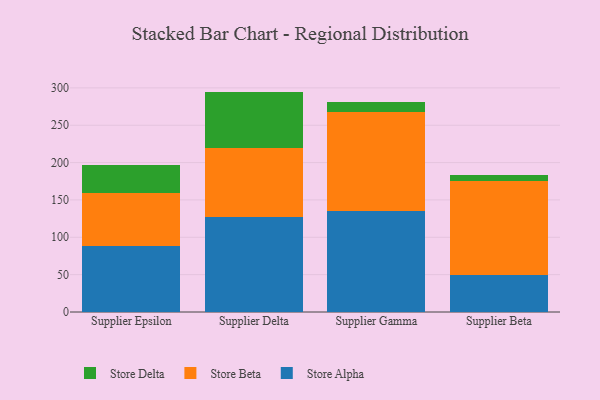
{"axis": {"x": "Supplier", "y": "Budget (USD K)"}, "legend": ["Store Alpha", "Store Beta", "Store Delta"], "data": [{"x": "Supplier Epsilon", "y": 88.1, "type": "Store Alpha"}, {"x": "Supplier Epsilon", "y": 70.6, "type": "Store Beta"}, {"x": "Supplier Epsilon", "y": 37.5, "type": "Store Delta"}, {"x": "Supplier Delta", "y": 127.2, "type": "Store Alpha"}, {"x": "Supplier Delta", "y": 92.2, "type": "Store Beta"}, {"x": "Supplier Delta", "y": 75.6, "type": "Store Delta"}, {"x": "Supplier Gamma", "y": 135.0, "type": "Store Alpha"}, {"x": "Supplier Gamma", "y": 132.3, "type": "Store Beta"}, {"x": "Supplier Gamma", "y": 13.2, "type": "Store Delta"}, {"x": "Supplier Beta", "y": 49.4, "type": "Store Alpha"}, {"x": "Supplier Beta", "y": 126.0, "type": "Store Beta"}, {"x": "Supplier Beta", "y": 7.5, "type": "Store Delta"}]}